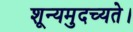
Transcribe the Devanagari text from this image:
शून्यमुदच्यते।